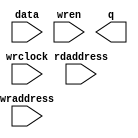
//Legal Notice: (C)2012 Altera Corporation. All rights reserved.  Your
//use of Altera Corporation's design tools, logic functions and other
//software and tools, and its AMPP partner logic functions, and any
//output files any of the foregoing (including device programming or
//simulation files), and any associated documentation or information are
//expressly subject to the terms and conditions of the Altera Program
//License Subscription Agreement or other applicable license agreement,
//including, without limitation, that your use is for the sole purpose
//of programming logic devices manufactured by Altera and sold by Altera
//or its authorized distributors.  Please refer to the applicable
//agreement for further details.

// synthesis translate_off
`timescale 1ns / 1ps
// synthesis translate_on

// turn off superfluous verilog processor warnings 
// altera message_level Level1 
// altera message_off 10034 10035 10036 10037 10230 10240 10030 

//Default depth for this memory model is 2048, do these when
//changing the depth.
//1)Set ARRAY_DEPTH generic/parameter from 2048 to new depth.
//2)Change mem_array depth from 2047 to (new depth - 1).
//3)VHDL only, don't forget the generic in component declaration
module ddr_sdram_mem_model_ram_module (
                                        // inputs:
                                         data,
                                         rdaddress,
                                         wraddress,
                                         wrclock,
                                         wren,

                                        // outputs:
                                         q
                                      )
;

  parameter ARRAY_DEPTH = 2048;


  output  [ 31: 0] q;
  input   [ 31: 0] data;
  input   [ 22: 0] rdaddress;
  input   [ 22: 0] wraddress;
  input            wrclock;
  input            wren;

  wire    [ 31: 0] aq;
  reg     [ 55: 0] mem_array [2047: 0];
  wire    [ 31: 0] q;
  assign aq = mem_array[0][31:0];

//synthesis translate_off
//////////////// SIMULATION-ONLY CONTENTS

  reg     [  32 - 1: 0] out;

    integer i;
    reg found_valid_data;
    reg data_written;

    initial
    begin
        for (i = 0; i < ARRAY_DEPTH; i = i + 1)
            mem_array[i][0] <= 1'b0;
        data_written <= 1'b0;
    end

    always @(rdaddress)
    begin
        found_valid_data <= 1'b0;
        for (i = 0; i < ARRAY_DEPTH; i = i + 1)
        begin
            if (rdaddress == mem_array[i][56 - 1:56 - 23] && mem_array[i][0])
            begin
                out = mem_array[i][56 - 23 - 1:56 - 23 - 32];
                found_valid_data = 1'b1;
            end
        end
        if (!found_valid_data)
            out = 32'dX;
    end

    always @(posedge wrclock)
    if (wren)
    begin
        data_written <= 1'b0;
        for (i = 0; i < ARRAY_DEPTH; i = i + 1)
        begin
            if (wraddress == mem_array[i][56 - 1:56 - 23] && !data_written)
            begin
                mem_array[i][56 - 23 - 1:56 - 23 - 32] <= data;
                mem_array[i][0] <= 1'b1;
                data_written = 1'b1;
            end
            else if (!mem_array[i][0] && !data_written)
            begin
                mem_array[i] <= {wraddress,data,1'b1};
                data_written = 1'b1;
            end
        end
        if (!data_written)
        begin
            $write($time);
            $write(" --- Data could not be written, increase array depth or use full memory model --- ");
            $stop;
        end
    end

    assign q = out;

//////////////// END SIMULATION-ONLY CONTENTS

//synthesis translate_on

endmodule


// synthesis translate_off
`timescale 1ns / 1ps
// synthesis translate_on

// turn off superfluous verilog processor warnings 
// altera message_level Level1 
// altera message_off 10034 10035 10036 10037 10230 10240 10030 

module ddr_sdram_mem_model (
                             // inputs:
                              mem_addr,
                              mem_ba,
                              mem_cas_n,
                              mem_cke,
                              mem_clk,
                              mem_clk_n,
                              mem_cs_n,
                              mem_dm,
                              mem_ras_n,
                              mem_we_n,

                             // outputs:
                              global_reset_n,
                              mem_dq,
                              mem_dqs
                           )
;

  output           global_reset_n;
  inout   [ 15: 0] mem_dq;
  inout   [  1: 0] mem_dqs;
  input   [ 12: 0] mem_addr;
  input   [  1: 0] mem_ba;
  input            mem_cas_n;
  input            mem_cke;
  input            mem_clk;
  input            mem_clk_n;
  input            mem_cs_n;
  input   [  1: 0] mem_dm;
  input            mem_ras_n;
  input            mem_we_n;

  wire    [ 23: 0] CODE;
  wire    [ 12: 0] a;
  wire    [  7: 0] addr_col;
  wire    [  1: 0] ba;
  wire             burst_term;
  reg              burst_term_cmd;
  reg     [ 10: 0] burst_term_pipe;
  reg     [  2: 0] burstlength;
  reg              burstmode;
  wire             cas_n;
  wire             cke;
  wire             clk;
  wire    [  2: 0] cmd_code;
  wire             cs_n;
  wire    [  1: 0] current_row;
  wire    [  1: 0] dm;
  reg     [  3: 0] dm_captured;
  reg     [ 31: 0] dq_captured;
  wire    [ 15: 0] dq_temp;
  wire             dq_valid;
  wire    [  1: 0] dqs_temp;
  wire             dqs_valid;
  reg              dqs_valid_temp;
  reg     [ 15: 0] first_half_dq;
  wire             global_reset_n;
  wire    [ 31: 0] mem_bytes;
  wire    [ 15: 0] mem_dq;
  wire    [  1: 0] mem_dqs;
  reg     [ 12: 0] open_rows [  3: 0];
  wire             ras_n;
  reg     [ 22: 0] rd_addr_pipe_0;
  reg     [ 22: 0] rd_addr_pipe_1;
  reg     [ 22: 0] rd_addr_pipe_10;
  reg     [ 22: 0] rd_addr_pipe_11;
  reg     [ 22: 0] rd_addr_pipe_12;
  reg     [ 22: 0] rd_addr_pipe_13;
  reg     [ 22: 0] rd_addr_pipe_14;
  reg     [ 22: 0] rd_addr_pipe_15;
  reg     [ 22: 0] rd_addr_pipe_16;
  reg     [ 22: 0] rd_addr_pipe_17;
  reg     [ 22: 0] rd_addr_pipe_18;
  reg     [ 22: 0] rd_addr_pipe_19;
  reg     [ 22: 0] rd_addr_pipe_2;
  reg     [ 22: 0] rd_addr_pipe_20;
  reg     [ 22: 0] rd_addr_pipe_21;
  reg     [ 22: 0] rd_addr_pipe_3;
  reg     [ 22: 0] rd_addr_pipe_4;
  reg     [ 22: 0] rd_addr_pipe_5;
  reg     [ 22: 0] rd_addr_pipe_6;
  reg     [ 22: 0] rd_addr_pipe_7;
  reg     [ 22: 0] rd_addr_pipe_8;
  reg     [ 22: 0] rd_addr_pipe_9;
  reg     [ 22: 0] rd_burst_counter;
  reg     [ 25: 0] rd_valid_pipe;
  wire    [ 22: 0] read_addr_delayed;
  reg              read_cmd;
  reg              read_cmd_echo;
  wire    [ 31: 0] read_data;
  wire    [ 15: 0] read_dq;
  reg     [  4: 0] read_latency;
  wire             read_valid;
  reg              read_valid_r;
  reg              read_valid_r2;
  reg              read_valid_r3;
  reg              read_valid_r4;
  reg              reset_n;
  wire    [ 22: 0] rmw_address;
  reg     [ 31: 0] rmw_temp;
  reg     [ 15: 0] second_half_dq;
  reg     [  3: 0] tcl;
  wire    [ 23: 0] txt_code;
  wire             we_n;
  wire    [ 22: 0] wr_addr_delayed;
  reg     [ 22: 0] wr_addr_delayed_r;
  reg     [ 22: 0] wr_addr_pipe_0;
  reg     [ 22: 0] wr_addr_pipe_1;
  reg     [ 22: 0] wr_addr_pipe_10;
  reg     [ 22: 0] wr_addr_pipe_11;
  reg     [ 22: 0] wr_addr_pipe_12;
  reg     [ 22: 0] wr_addr_pipe_13;
  reg     [ 22: 0] wr_addr_pipe_14;
  reg     [ 22: 0] wr_addr_pipe_15;
  reg     [ 22: 0] wr_addr_pipe_16;
  reg     [ 22: 0] wr_addr_pipe_17;
  reg     [ 22: 0] wr_addr_pipe_18;
  reg     [ 22: 0] wr_addr_pipe_2;
  reg     [ 22: 0] wr_addr_pipe_3;
  reg     [ 22: 0] wr_addr_pipe_4;
  reg     [ 22: 0] wr_addr_pipe_5;
  reg     [ 22: 0] wr_addr_pipe_6;
  reg     [ 22: 0] wr_addr_pipe_7;
  reg     [ 22: 0] wr_addr_pipe_8;
  reg     [ 22: 0] wr_addr_pipe_9;
  reg     [ 22: 0] wr_burst_counter;
  reg     [ 25: 0] wr_valid_pipe;
  reg     [ 25: 0] write_burst_length_pipe;
  reg              write_cmd;
  reg              write_cmd_echo;
  wire             write_to_ram;
  reg              write_to_ram_r;
  wire             write_valid;
  reg              write_valid_r;
  reg              write_valid_r2;
  reg              write_valid_r3;
initial
  begin
    $write("\n");
    $write("**********************************************************************\n");
    $write("This testbench includes a generated Altera memory model:\n");
    $write("'ddr_sdram_mem_model.v', to simulate accesses to the DDR SDRAM memory.\n");
    $write(" \n");
    $write("**********************************************************************\n");
  end
  //Synchronous write when (CODE == 24'h205752 (write))
  ddr_sdram_mem_model_ram_module ddr_sdram_mem_model_ram
    (
      .data      (rmw_temp),
      .q         (read_data),
      .rdaddress (rmw_address),
      .wraddress (wr_addr_delayed_r),
      .wrclock   (clk),
      .wren      (write_to_ram_r)
    );

  assign clk = mem_clk;
  assign dm = mem_dm;
  assign cke = mem_cke;
  assign cs_n = mem_cs_n;
  assign ras_n = mem_ras_n;
  assign cas_n = mem_cas_n;
  assign we_n = mem_we_n;
  assign ba = mem_ba;
  assign a = mem_addr;
  //generate a fake reset inside the memory model
  assign global_reset_n = reset_n;

  initial 
    begin
      reset_n <= 0;
      #100 reset_n <= 1;
    end
  assign cmd_code = (&cs_n) ? 3'b111 : {ras_n, cas_n, we_n};
  assign CODE = (&cs_n) ? 24'h494e48 : txt_code;
  assign addr_col = a[8 : 1];
  assign current_row = {ba};
  // Decode commands into their actions
  always @(posedge clk or negedge reset_n)
    begin
      if (reset_n == 0)
        begin
          write_cmd_echo <= 0;
          read_cmd_echo <= 0;
        end
      else // No Activity if the clock is
      if (cke)
        begin
          // This is a read command
          if (cmd_code == 3'b101)
              read_cmd <= 1'b1;
          else 
            read_cmd <= 1'b0;
          // This is a write command
          if (cmd_code == 3'b100)
              write_cmd <= 1'b1;
          else 
            write_cmd <= 1'b0;
          // This is to terminate a burst
          if (cmd_code == 3'b110)
              burst_term_cmd <= 1'b1;
          else 
            burst_term_cmd <= 1'b0;
          // This is an activate - store the chip/row/bank address in the same order as the DDR controller
          if (cmd_code == 3'b011)
              open_rows[current_row] <= a;
        end
    end


  // Pipes are flushed here
  always @(posedge clk or negedge reset_n)
    begin
      if (reset_n == 0)
        begin
          wr_addr_pipe_1 <= 0;
          wr_addr_pipe_2 <= 0;
          wr_addr_pipe_3 <= 0;
          wr_addr_pipe_4 <= 0;
          wr_addr_pipe_5 <= 0;
          wr_addr_pipe_6 <= 0;
          wr_addr_pipe_7 <= 0;
          wr_addr_pipe_8 <= 0;
          wr_addr_pipe_9 <= 0;
          wr_addr_pipe_10 <= 0;
          wr_addr_pipe_11 <= 0;
          wr_addr_pipe_12 <= 0;
          wr_addr_pipe_13 <= 0;
          wr_addr_pipe_14 <= 0;
          wr_addr_pipe_15 <= 0;
          wr_addr_pipe_16 <= 0;
          wr_addr_pipe_17 <= 0;
          wr_addr_pipe_18 <= 0;
          rd_addr_pipe_1 <= 0;
          rd_addr_pipe_2 <= 0;
          rd_addr_pipe_3 <= 0;
          rd_addr_pipe_4 <= 0;
          rd_addr_pipe_5 <= 0;
          rd_addr_pipe_6 <= 0;
          rd_addr_pipe_7 <= 0;
          rd_addr_pipe_8 <= 0;
          rd_addr_pipe_9 <= 0;
          rd_addr_pipe_10 <= 0;
          rd_addr_pipe_11 <= 0;
          rd_addr_pipe_12 <= 0;
          rd_addr_pipe_13 <= 0;
          rd_addr_pipe_14 <= 0;
          rd_addr_pipe_15 <= 0;
          rd_addr_pipe_16 <= 0;
          rd_addr_pipe_17 <= 0;
          rd_addr_pipe_18 <= 0;
          rd_addr_pipe_19 <= 0;
          rd_addr_pipe_20 <= 0;
          rd_addr_pipe_21 <= 0;
        end
      else // No Activity if the clock is
      if (cke)
        begin
          rd_addr_pipe_21 <= rd_addr_pipe_20;
          rd_addr_pipe_20 <= rd_addr_pipe_19;
          rd_addr_pipe_19 <= rd_addr_pipe_18;
          rd_addr_pipe_18 <= rd_addr_pipe_17;
          rd_addr_pipe_17 <= rd_addr_pipe_16;
          rd_addr_pipe_16 <= rd_addr_pipe_15;
          rd_addr_pipe_15 <= rd_addr_pipe_14;
          rd_addr_pipe_14 <= rd_addr_pipe_13;
          rd_addr_pipe_13 <= rd_addr_pipe_12;
          rd_addr_pipe_12 <= rd_addr_pipe_11;
          rd_addr_pipe_11 <= rd_addr_pipe_10;
          rd_addr_pipe_10 <= rd_addr_pipe_9;
          rd_addr_pipe_9 <= rd_addr_pipe_8;
          rd_addr_pipe_8 <= rd_addr_pipe_7;
          rd_addr_pipe_7 <= rd_addr_pipe_6;
          rd_addr_pipe_6 <= rd_addr_pipe_5;
          rd_addr_pipe_5 <= rd_addr_pipe_4;
          rd_addr_pipe_4 <= rd_addr_pipe_3;
          rd_addr_pipe_3 <= rd_addr_pipe_2;
          rd_addr_pipe_2 <= rd_addr_pipe_1;
          rd_addr_pipe_1 <= rd_addr_pipe_0;
          rd_valid_pipe[25 : 1] <= rd_valid_pipe[24 : 0];
          rd_valid_pipe[0] <= cmd_code == 3'b101;
          wr_addr_pipe_18 <= wr_addr_pipe_17;
          wr_addr_pipe_17 <= wr_addr_pipe_16;
          wr_addr_pipe_16 <= wr_addr_pipe_15;
          wr_addr_pipe_15 <= wr_addr_pipe_14;
          wr_addr_pipe_14 <= wr_addr_pipe_13;
          wr_addr_pipe_13 <= wr_addr_pipe_12;
          wr_addr_pipe_12 <= wr_addr_pipe_11;
          wr_addr_pipe_11 <= wr_addr_pipe_10;
          wr_addr_pipe_10 <= wr_addr_pipe_9;
          wr_addr_pipe_9 <= wr_addr_pipe_8;
          wr_addr_pipe_8 <= wr_addr_pipe_7;
          wr_addr_pipe_7 <= wr_addr_pipe_6;
          wr_addr_pipe_6 <= wr_addr_pipe_5;
          wr_addr_pipe_5 <= wr_addr_pipe_4;
          wr_addr_pipe_4 <= wr_addr_pipe_3;
          wr_addr_pipe_3 <= wr_addr_pipe_2;
          wr_addr_pipe_2 <= wr_addr_pipe_1;
          wr_addr_pipe_1 <= wr_addr_pipe_0;
          wr_valid_pipe[25 : 1] <= wr_valid_pipe[24 : 0];
          wr_valid_pipe[0] <= cmd_code == 3'b100;
          wr_addr_delayed_r <= wr_addr_delayed;
          write_burst_length_pipe[25 : 1] <= write_burst_length_pipe[24 : 0];
        end
    end


  // Decode CAS Latency from bits a[6:4]
  always @(posedge clk)
    begin
      // No Activity if the clock is disabled
      if (cke)
          //Load mode register - set CAS latency, burst mode and length
          if (cmd_code == 3'b000 && ba == 2'b00)
            begin
              burstmode <= a[3];
              burstlength <= a[2 : 0] << 1;
              //CAS Latency = 2.0
              if (a[6 : 4] == 3'b010)
                  tcl <= 4'b0001;
              else //CAS Latency = 2.5
              if (a[6 : 4] == 3'b110)
                  tcl <= 4'b0001;
              else //CAS Latency = 3.0
              if (a[6 : 4] == 3'b011)
                  tcl <= 4'b0010;
              else //CAS Latency = 4.0
              if (a[6 : 4] == 3'b100)
                  tcl <= 4'b0011;
              else 
                tcl <= 4'b0100;
            end
    end


  //No additive latency in DDR
  always @(tcl)
    begin
      read_latency = tcl;
    end


  // Burst support - make the wr_addr & rd_addr keep counting
  always @(posedge clk or negedge reset_n)
    begin
      if (reset_n == 0)
        begin
          wr_addr_pipe_0 <= 0;
          rd_addr_pipe_0 <= 0;
        end
      else 
        begin
          // Reset write address otherwise if the first write is partial it breaks!
          if (cmd_code == 3'b000 && ba == 2'b00)
            begin
              wr_addr_pipe_0 <= 0;
              wr_burst_counter <= 0;
            end
          else if (cmd_code == 3'b100)
            begin
              wr_addr_pipe_0 <= {ba,open_rows[current_row],addr_col};
              wr_burst_counter[22 : 1] <= {ba,open_rows[current_row],addr_col[7 : 1]};
              wr_burst_counter[0] <= addr_col[0] + 1;
            end
          else if (write_cmd || write_to_ram || write_cmd_echo)
            begin
              wr_addr_pipe_0 <= wr_burst_counter;
              wr_burst_counter[0] <= wr_burst_counter[0] + 1;
            end
          else 
            wr_addr_pipe_0 <= 0;
          // Reset read address otherwise if the first write is partial it breaks!
          if (cmd_code == 3'b000 && ba == 2'b00)
              rd_addr_pipe_0 <= 0;
          else if (cmd_code == 3'b101)
            begin
              rd_addr_pipe_0 <= {ba,open_rows[current_row],addr_col};
              rd_burst_counter[22 : 1] <= {ba,open_rows[current_row],addr_col[7 : 1]};
              rd_burst_counter[0] <= addr_col[0] + 1;
            end
          else if (read_cmd || dq_valid || read_valid || read_cmd_echo)
            begin
              rd_addr_pipe_0 <= rd_burst_counter;
              rd_burst_counter[0] <= rd_burst_counter[0] + 1;
            end
          else 
            rd_addr_pipe_0 <= 0;
        end
    end


  // read data transition from single to double clock rate
  always @(posedge clk)
    begin
      first_half_dq <= read_data[31 : 16];
      second_half_dq <= read_data[15 : 0];
    end


  assign read_dq = clk  ? second_half_dq : first_half_dq;
  assign dq_temp = dq_valid  ? read_dq : {16{1'bz}};
  assign dqs_temp = dqs_valid ? {2{clk}} : {2{1'bz}};
  assign mem_dqs = dqs_temp;
  assign mem_dq = dq_temp;
  //Pipelining registers for burst counting
  always @(posedge clk)
    begin
      write_valid_r <= write_valid;
      read_valid_r <= read_valid;
      write_valid_r2 <= write_valid_r;
      write_valid_r3 <= write_valid_r2;
      write_to_ram_r <= write_to_ram;
      read_valid_r2 <= read_valid_r;
      read_valid_r3 <= read_valid_r2;
      read_valid_r4 <= read_valid_r3;
    end


  assign write_to_ram = write_valid || write_valid_r;
  assign dq_valid = read_valid_r || read_valid_r2 && burst_term;
  assign dqs_valid = dq_valid || dqs_valid_temp;
  // 
  always @(negedge clk)
    begin
      dqs_valid_temp <= read_valid;
    end


  //capture first half of write data with rising edge of DQS, for simulation use only 1 DQS pin
  always @(posedge mem_dqs[0])
    begin
      #0.1 dq_captured[15 : 0] <= mem_dq[15 : 0];
      #0.1 dm_captured[1 : 0] <= mem_dm[1 : 0];
    end


  //capture second half of write data with falling edge of DQS, for simulation use only 1 DQS pin
  always @(negedge mem_dqs[0])
    begin
      #0.1 dq_captured[31 : 16] <= mem_dq[15 : 0];
      #0.1 dm_captured[3 : 2] <= mem_dm[1 : 0];
    end


  //Support for incomplete writes, do a read-modify-write with mem_bytes and the write data
  always @(posedge clk)
    begin
      if (write_to_ram)
          rmw_temp[7 : 0] <= dm_captured[0] ? mem_bytes[7 : 0] : dq_captured[7 : 0];
    end


  always @(posedge clk)
    begin
      if (write_to_ram)
          rmw_temp[15 : 8] <= dm_captured[1] ? mem_bytes[15 : 8] : dq_captured[15 : 8];
    end


  always @(posedge clk)
    begin
      if (write_to_ram)
          rmw_temp[23 : 16] <= dm_captured[2] ? mem_bytes[23 : 16] : dq_captured[23 : 16];
    end


  always @(posedge clk)
    begin
      if (write_to_ram)
          rmw_temp[31 : 24] <= dm_captured[3] ? mem_bytes[31 : 24] : dq_captured[31 : 24];
    end


  assign write_valid = wr_valid_pipe[1];
  assign wr_addr_delayed = wr_addr_pipe_1;
  //Registering burst term command
  always @(posedge clk)
    begin
      burst_term_pipe[0] <= ~burst_term_cmd;
      burst_term_pipe[10 : 1] <= burst_term_pipe[9 : 0];
    end


  //burst terminate piped along cas latency
  assign burst_term = (read_latency == 0)? burst_term_pipe[0] :
    (read_latency == 1)? burst_term_pipe[1] :
    (read_latency == 2)? burst_term_pipe[2] :
    (read_latency == 3)? burst_term_pipe[3] :
    (read_latency == 4)? burst_term_pipe[4] :
    (read_latency == 5)? burst_term_pipe[5] :
    (read_latency == 6)? burst_term_pipe[6] :
    (read_latency == 7)? burst_term_pipe[7] :
    (read_latency == 8)? burst_term_pipe[8] :
    (read_latency == 9)? burst_term_pipe[9] :
    burst_term_pipe[10];

  assign mem_bytes = (rmw_address == wr_addr_delayed_r && write_to_ram_r) ? rmw_temp : read_data;
  assign rmw_address = (write_to_ram) ? wr_addr_delayed : read_addr_delayed;
  //use read_latency to select which pipeline stage drives addr
  assign read_addr_delayed = (read_latency == 0)? rd_addr_pipe_0 :
    (read_latency == 1)? rd_addr_pipe_1 :
    (read_latency == 2)? rd_addr_pipe_2 :
    (read_latency == 3)? rd_addr_pipe_3 :
    (read_latency == 4)? rd_addr_pipe_4 :
    (read_latency == 5)? rd_addr_pipe_5 :
    (read_latency == 6)? rd_addr_pipe_6 :
    (read_latency == 7)? rd_addr_pipe_7 :
    (read_latency == 8)? rd_addr_pipe_8 :
    (read_latency == 9)? rd_addr_pipe_9 :
    (read_latency == 10)? rd_addr_pipe_10 :
    (read_latency == 11)? rd_addr_pipe_11 :
    (read_latency == 12)? rd_addr_pipe_12 :
    (read_latency == 13)? rd_addr_pipe_13 :
    (read_latency == 14)? rd_addr_pipe_14 :
    (read_latency == 15)? rd_addr_pipe_15 :
    (read_latency == 16)? rd_addr_pipe_16 :
    (read_latency == 17)? rd_addr_pipe_17 :
    (read_latency == 18)? rd_addr_pipe_18 :
    (read_latency == 19)? rd_addr_pipe_19 :
    (read_latency == 20)? rd_addr_pipe_20 :
    rd_addr_pipe_21;

  //use read_latency to select which pipeline stage drives valid
  assign read_valid = (read_latency == 0)? rd_valid_pipe[0] :
    (read_latency == 1)? rd_valid_pipe[1] :
    (read_latency == 2)? rd_valid_pipe[2] :
    (read_latency == 3)? rd_valid_pipe[3] :
    (read_latency == 4)? rd_valid_pipe[4] :
    (read_latency == 5)? rd_valid_pipe[5] :
    (read_latency == 6)? rd_valid_pipe[6] :
    (read_latency == 7)? rd_valid_pipe[7] :
    (read_latency == 8)? rd_valid_pipe[8] :
    (read_latency == 9)? rd_valid_pipe[9] :
    (read_latency == 10)? rd_valid_pipe[10] :
    (read_latency == 11)? rd_valid_pipe[11] :
    (read_latency == 12)? rd_valid_pipe[12] :
    (read_latency == 13)? rd_valid_pipe[13] :
    (read_latency == 14)? rd_valid_pipe[14] :
    (read_latency == 15)? rd_valid_pipe[15] :
    (read_latency == 16)? rd_valid_pipe[16] :
    (read_latency == 17)? rd_valid_pipe[17] :
    (read_latency == 18)? rd_valid_pipe[18] :
    (read_latency == 19)? rd_valid_pipe[19] :
    (read_latency == 20)? rd_valid_pipe[20] :
    rd_valid_pipe[21];


//synthesis translate_off
//////////////// SIMULATION-ONLY CONTENTS
  assign txt_code = (cmd_code == 3'h0)? 24'h4c4d52 :
    (cmd_code == 3'h1)? 24'h415246 :
    (cmd_code == 3'h2)? 24'h505245 :
    (cmd_code == 3'h3)? 24'h414354 :
    (cmd_code == 3'h4)? 24'h205752 :
    (cmd_code == 3'h5)? 24'h205244 :
    (cmd_code == 3'h6)? 24'h425354 :
    (cmd_code == 3'h7)? 24'h4e4f50 :
    24'h424144;


//////////////// END SIMULATION-ONLY CONTENTS

//synthesis translate_on

endmodule